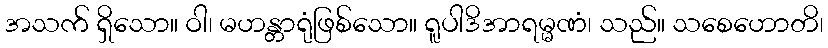
အသက် ရှိသော။ ဝါ၊ မဟန္တာရုံဖြစ်သော။ ရူပါဒိအာရမ္မဏံ၊ သည်။ သစေဟောတိ၊